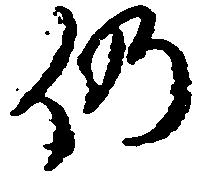
仍